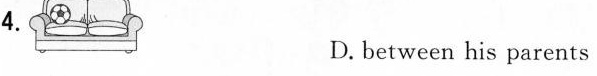
4.D.between his parents